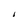
Character: I